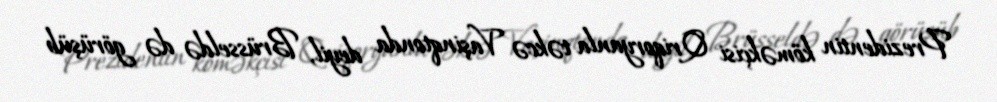
Prezidentin köməkçisi Qriqoryanla təkcə Vaşinqtonda deyil, Brüsseldə də görüşüb